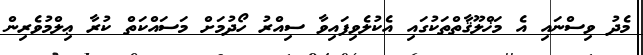
މެދު ވިސްނައި އެ މަޚްލޫޤާތްތަކުގައި އެކުލެވިފައިވާ ސިއްރު ހޯދުމަށް މަސައްކަތް ކުރާ ޢިލްމުވެރިން